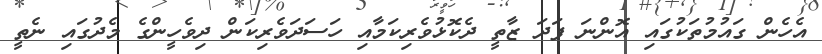
އެހެން ގައުމުތަކުގައި އޮންނަ ފަދަ ޒާތީ ދެކޮޅުވެރިކަމާއި ހަސަދަވެރިކަން ދިވެހީންގެ މެދުގައި ނެތީ